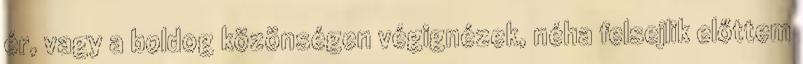
ér, vagy a boldog közönségen végignézek, néha felsejlik előttem